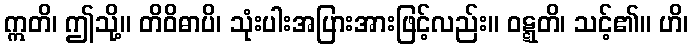
ဣတိ၊ ဤသို့။ တိဝိဓာပိ၊ သုံးပါးအပြားအားဖြင့်လည်း။ ဝဋ္ဋတိ၊ သင့်၏။ ဟိ၊